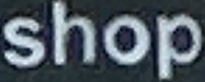
shop